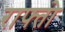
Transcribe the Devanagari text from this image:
राफ्तो